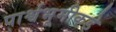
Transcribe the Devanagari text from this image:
पार्श्वभूमीकडे